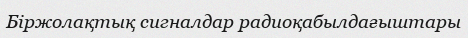
Біржолақтық сигналдар радиоқабылдағыштары